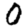
Digit: 0